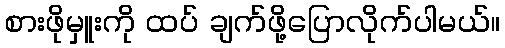
စားဖိုမှူးကို ထပ် ချက်ဖို့ပြောလိုက်ပါမယ်။